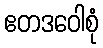
ဧတဒဝေါစုံ